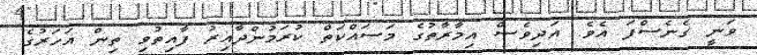
ވަނީ ގެނެސްފަ އެވެ. އަދިވެސް އިމާރާތުގެ މަސައްކަތް ކުރަމުންދާއިރު ފާއިތުވި ތިން އަހަރުގެ